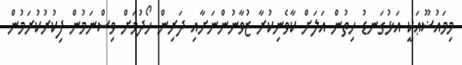
މިމައުޟޫޢަކީ އަޅުގަނޑު ހިތުން އަލަށް ކާވެނިކުރާ ޒުވާނުންނަށާއި ދަރިން ހޯދުމަށް ވިސްނަމުން ފިކުރުކުރަމުން